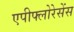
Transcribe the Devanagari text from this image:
एपीफ्लोरेसेंस